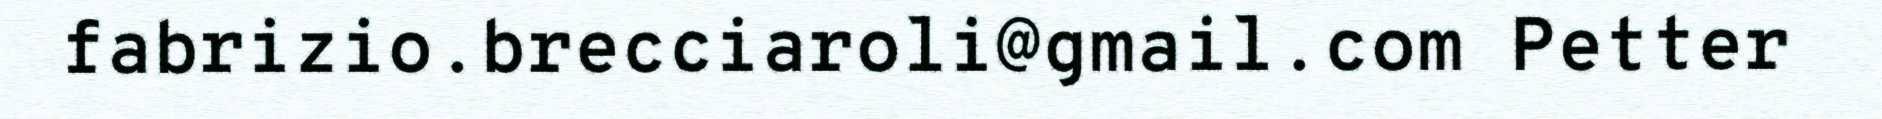
fabrizio.brecciaroli@gmail.com Petter